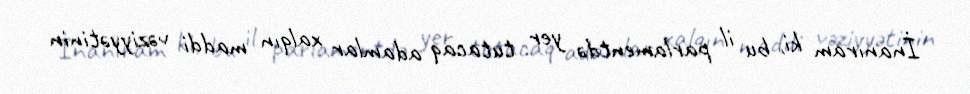
İnanıram ki, bu il parlamentdə yer tutacaq adamlar xalqın maddi vəziyyətinin